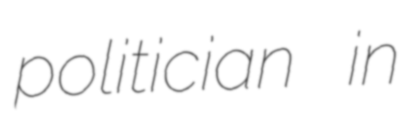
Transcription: politician in